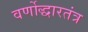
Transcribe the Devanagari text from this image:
वर्णोद्धारतंत्र